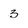
Character: 3